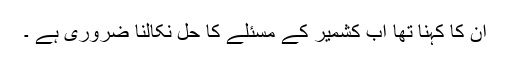
ان کا کہنا تھا اب کشمیر کے مسئلے کا حل نکالنا ضروری ہے ۔